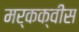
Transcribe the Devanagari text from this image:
मर्कक्वीस